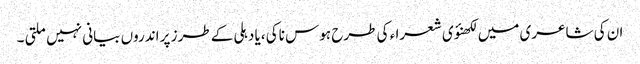
ان کی شاعری میں لکھنؤی شعرا ء کی طرح ہوس ناکی ،یا دہلی کے طرز پر اندروں بیانی نہیں ملتی ۔